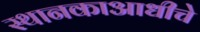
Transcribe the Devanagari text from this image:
स्थानकाआधीचे